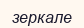
зеркале